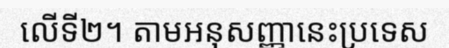
លើទី២។ តាមអនុសញ្ញានេះប្រទេស